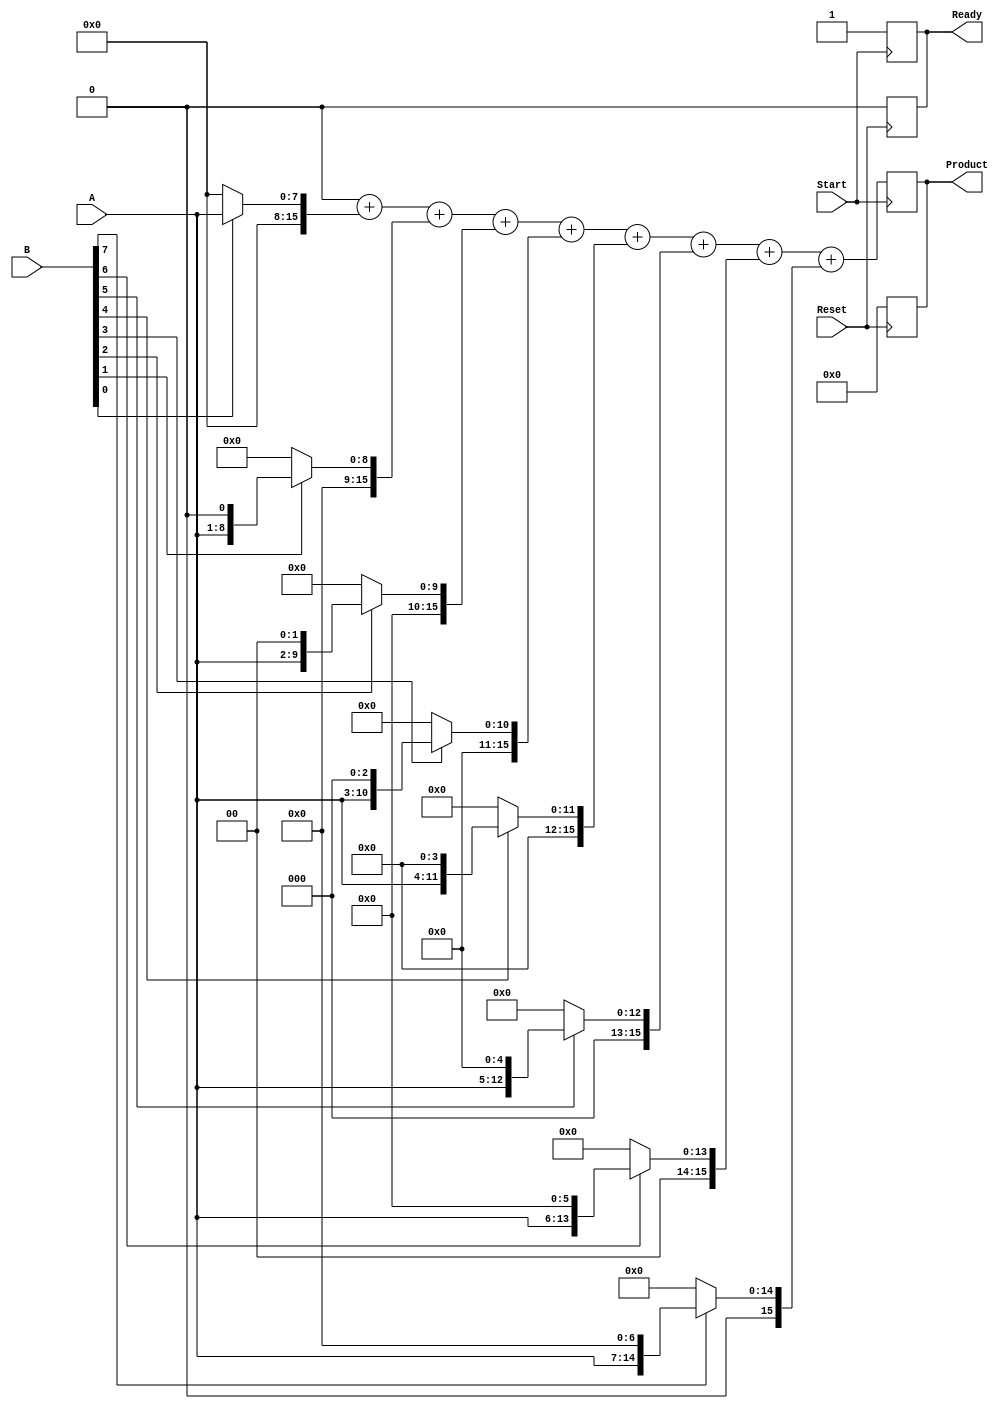
module PartialProductAccumulator #(
    parameter A_WIDTH = 8, // Width of multiplicand
    parameter B_WIDTH = 8  // Width of multiplier
) (
    input  [A_WIDTH-1:0] A,        // Multiplicand
    input  [B_WIDTH-1:0] B,        // Multiplier
    input                 Start,     // Start signal
    input                 Reset,     // Reset signal
    output reg [A_WIDTH+B_WIDTH-1:0] Product, // Product output
    output reg          Ready       // Ready signal
);

    reg [A_WIDTH+B_WIDTH-1:0] partial_products [0:B_WIDTH-1]; // Array to hold partial products
    reg [A_WIDTH+B_WIDTH-1:0] accumulator; // Accumulator for summing partial products
    integer i; // Loop counter

    // Reset logic
    always @(posedge Reset) begin
        Product <= 0;
        accumulator <= 0;
        Ready <= 0;
    end

    // Accumulator logic
    always @(posedge Start) begin
        // Generate partial products
        for (i = 0; i < B_WIDTH; i = i + 1) begin
            if (B[i]) begin
                partial_products[i] = A << i; // Shift multiplicand according to bit position
            end else begin
                partial_products[i] = 0; // No contribution if multiplier bit is 0
            end
        end

        // Accumulate partial products
        accumulator = 0; // Initialize accumulator
        for (i = 0; i < B_WIDTH; i = i + 1) begin
            accumulator = accumulator + partial_products[i];
        end

        // Update product and ready signal
        Product <= accumulator;
        Ready <= 1; // Indicate multiplication is complete
    end

endmodule